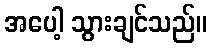
အပေါ့ သွားချင်သည်။